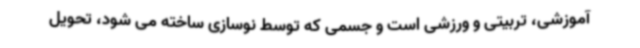
آموزشی، تربیتی و ورزشی است و جسمی که توسط نوسازی ساخته می شود، تحویل